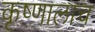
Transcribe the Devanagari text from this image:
कृष्णालाच